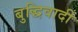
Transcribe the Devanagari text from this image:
बुद्धिवादीं